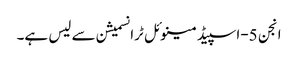
انجن 5-اسپیڈ مینوئل ٹرانسمیشن سے لیس ہے۔